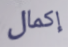
إكمال